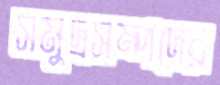
সমুদ্রসম্পদের